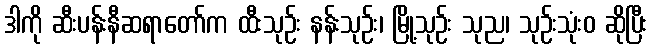
ဒါကို ဆီးပန်းနီဆရာတော်က ထီးသုဉ်း နန်းသုဉ်း၊ မြို့သုဉ်း သုည၊ သုဉ်းသုံးဝ ဆိုပြီး